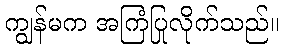
ကျွန်မက အကြံပြုလိုက်သည်။